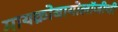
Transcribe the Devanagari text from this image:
मायक्रोबायोलॉजीची